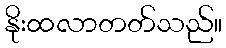
နိုးထလာတတ်သည်။